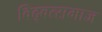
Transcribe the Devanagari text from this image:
विद्‍वत्समाज